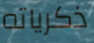
ذكرياته